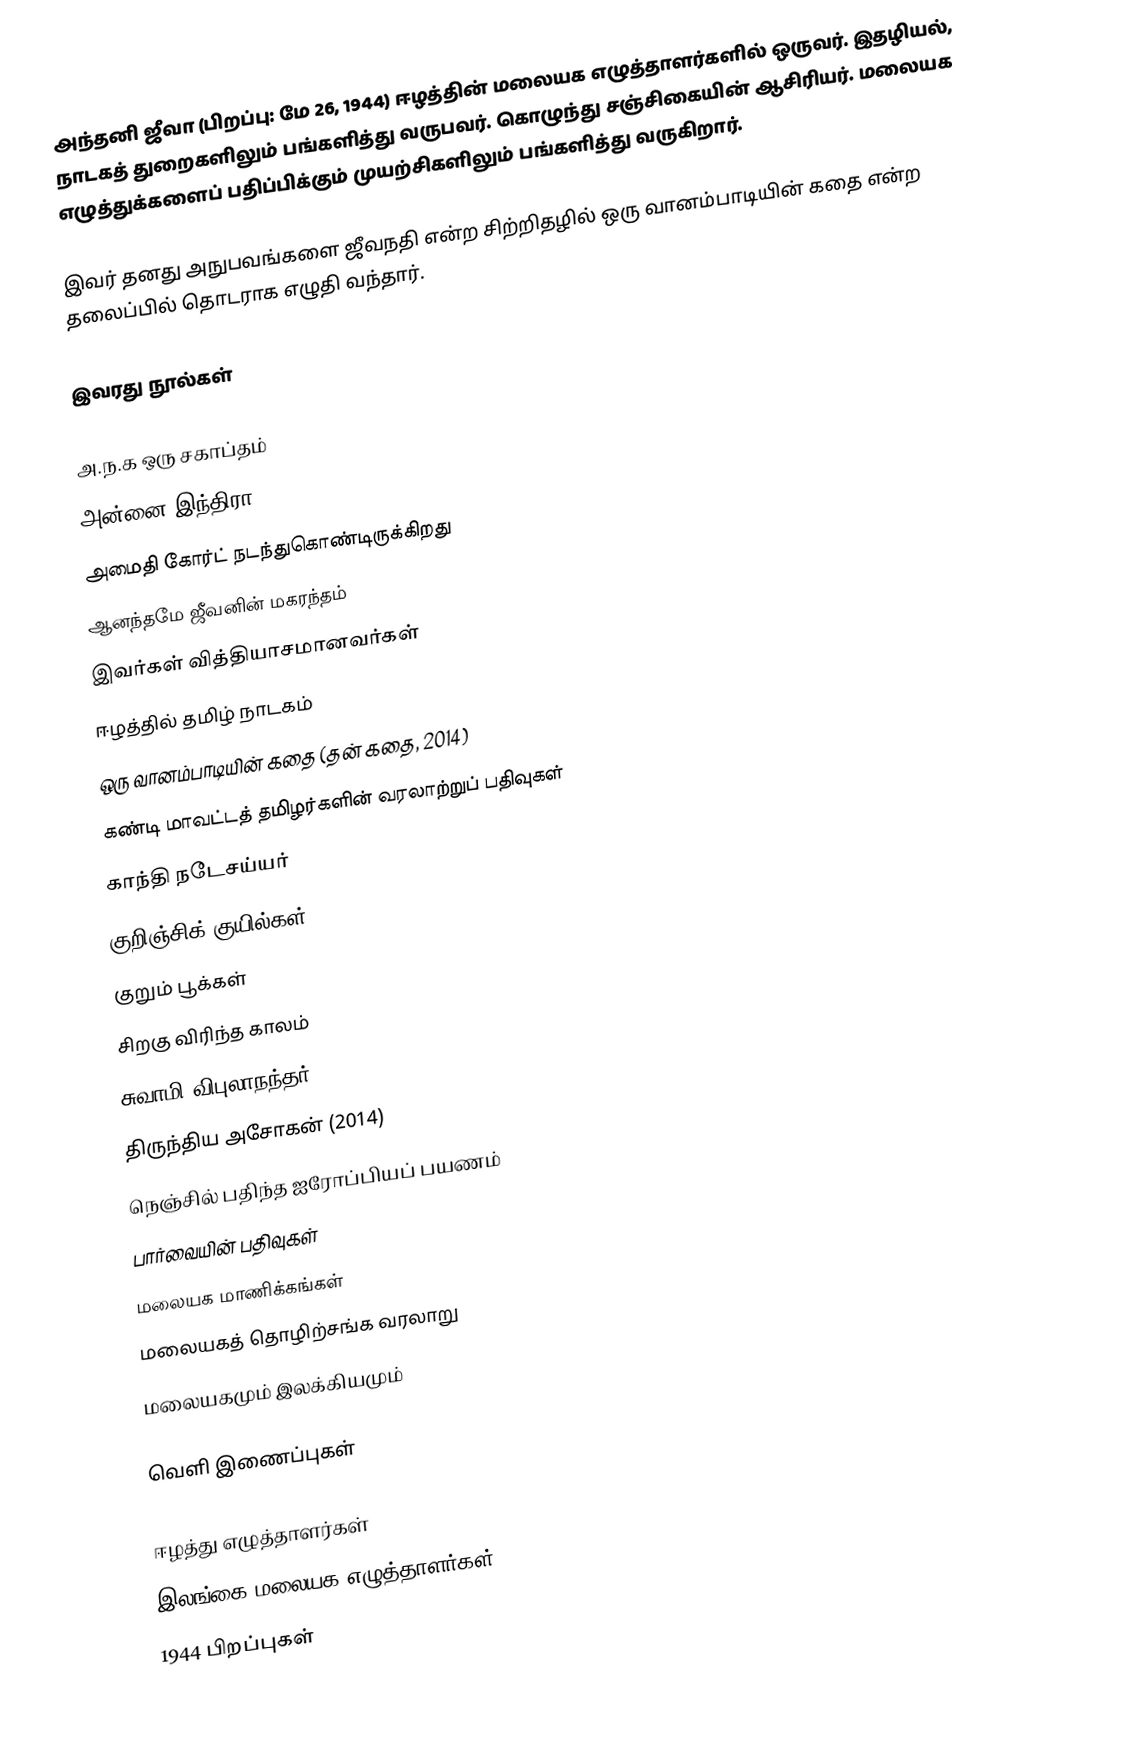
அந்தனி ஜீவா (பிறப்பு: மே 26, 1944) ஈழத்தின் மலையக எழுத்தாளர்களில் ஒருவர். இதழியல், நாடகத் துறைகளிலும் பங்களித்து வருபவர். கொழுந்து சஞ்சிகையின் ஆசிரியர். மலையக எழுத்துக்களைப் பதிப்பிக்கும் முயற்சிகளிலும் பங்களித்து வருகிறார்.

இவர் தனது அநுபவங்களை ஜீவநதி என்ற சிற்றிதழில் ஒரு வானம்பாடியின் கதை என்ற தலைப்பில் தொடராக எழுதி வந்தார்.

இவரது நூல்கள்

 அ.ந.க ஒரு சகாப்தம்
 அன்னை இந்திரா
 அமைதி கோர்ட் நடந்துகொண்டிருக்கிறது
 ஆனந்தமே ஜீவனின் மகரந்தம்
 இவர்கள் வித்தியாசமானவர்கள்
 ஈழத்தில் தமிழ் நாடகம்
 ஒரு வானம்பாடியின் கதை (தன் கதை, 2014)
 கண்டி மாவட்டத் தமிழர்களின் வரலாற்றுப் பதிவுகள்
 காந்தி நடேசய்யர்
 குறிஞ்சிக் குயில்கள்
 குறும் பூக்கள்
 சிறகு விரிந்த காலம்
 சுவாமி விபுலாநந்தர்
 திருந்திய அசோகன் (2014)
 நெஞ்சில் பதிந்த ஐரோப்பியப் பயணம்
 பார்வையின் பதிவுகள்
 மலையக மாணிக்கங்கள்
 மலையகத் தொழிற்சங்க வரலாறு
 மலையகமும் இலக்கியமும்

வெளி இணைப்புகள்

ஈழத்து எழுத்தாளர்கள்
இலங்கை மலையக எழுத்தாளர்கள்
1944 பிறப்புகள்